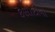
કસોટીનો